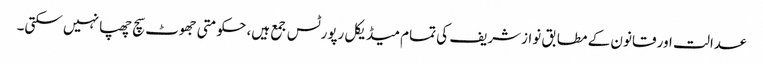
عدالت اور قانون کے مطابق نوازشریف کی تمام میڈیکل رپورٹس جمع ہیں، حکومتی جھوٹ سچ چھپا نہیں سکتی۔